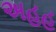
અહહ